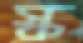
স্ক